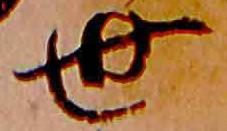
世